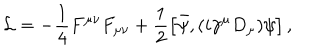
{ \cal L } = - \frac { 1 } { 4 } F ^ { \mu \nu } F _ { \mu \nu } + \frac { 1 } { 2 } \left[ \bar { \psi } , ( i \gamma ^ { \mu } D _ { \mu } ) \psi \right] ,